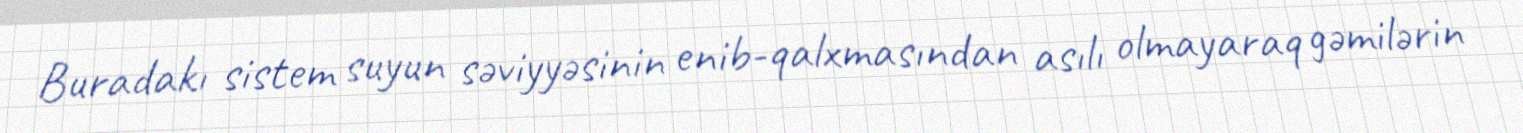
Buradakı sistem suyun səviyyəsinin enib-qalxmasından asılı olmayaraq gəmilərin